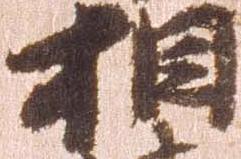
相